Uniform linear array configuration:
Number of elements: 16
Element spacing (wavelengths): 0.5
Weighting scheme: kaiser
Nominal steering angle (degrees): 0
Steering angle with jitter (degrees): -0.7904
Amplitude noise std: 0.05
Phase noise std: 0.05

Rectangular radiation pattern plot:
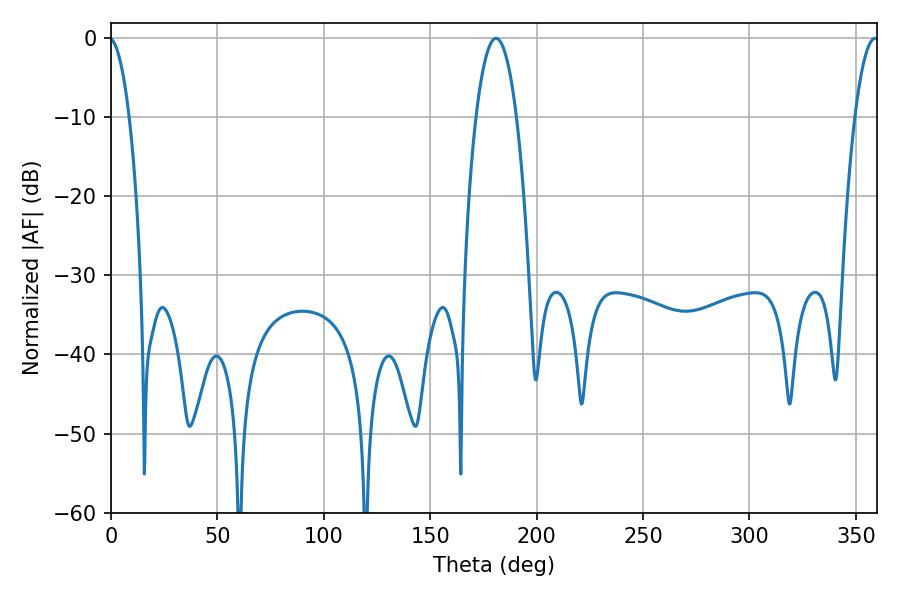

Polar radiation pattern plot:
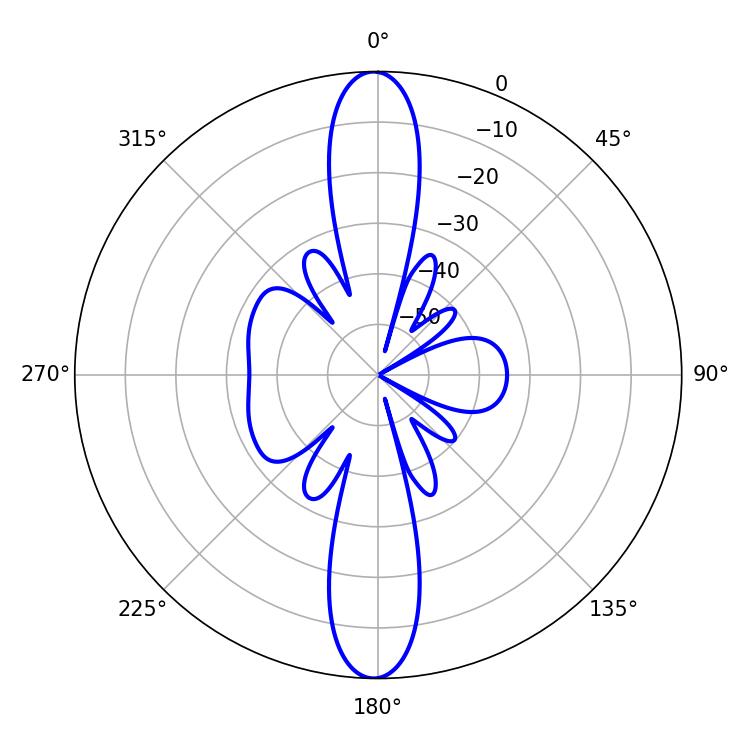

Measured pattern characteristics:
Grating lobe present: FALSE
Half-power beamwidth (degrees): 10.62
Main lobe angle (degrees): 180.9